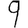
Digit: 9